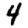
Digit: 4